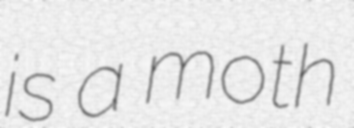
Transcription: is a moth